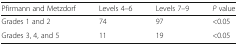
| Pfirmann and Metzdorf | Levels 4–6 | Levels 7–9 | P value |
 | --- | --- | --- | --- |
 | Grades 1 and 2 | 74 | 97 | <0.05 |
 | Grades 3, 4, and 5 | 11 | 19 | <0.05 |